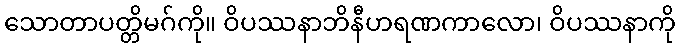
သောတာပတ္တိမဂ်ကို။ ဝိပဿနာဘိနီဟရဏကာလော၊ ဝိပဿနာကို